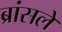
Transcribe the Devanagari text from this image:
ब्रांसले